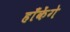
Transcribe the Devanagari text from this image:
हाँकेंगे